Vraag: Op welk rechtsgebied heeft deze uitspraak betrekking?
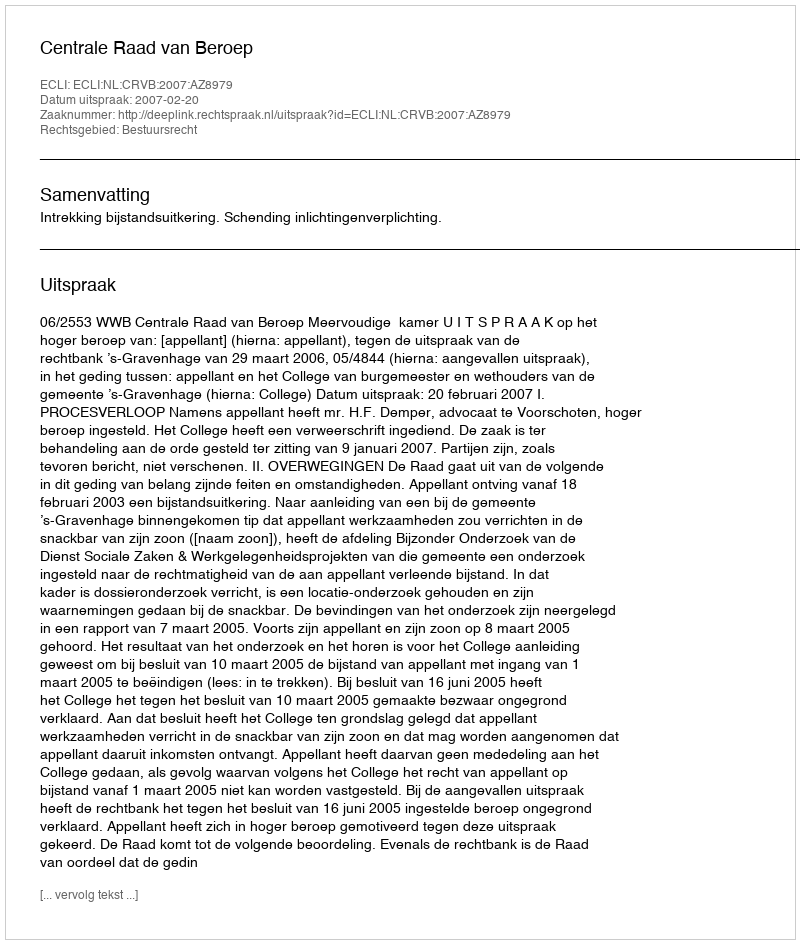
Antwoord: Bestuursrecht